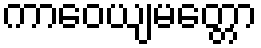
ကာဝေယျမတ္တော